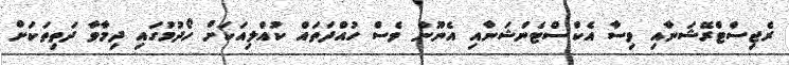
ރެޖިސްޓްރޭޝަނާއި ވިސާ އެކްސްޓެންޝަނާއި އެނޫން ވެސް ހުއްދަތައް ކުއްލިއަކަށް ހޯދުމުގައި ދިމާވާ ދަތިތަކަށް